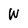
Character: W